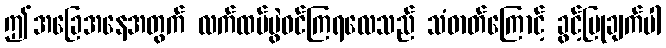
ဤအခြေအနေအတွက် လက်ထပ်ပွဲဝင်ကြရလေသည် သံဓာတ်ကြောင့် ခွင့်ပြုချက်ပါ